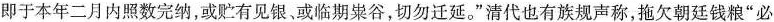
即于本年二月内照数完纳，或贮有见银，或临期粜谷，切勿迁延。”清代也有族规声称，拖欠朝廷钱粮”必